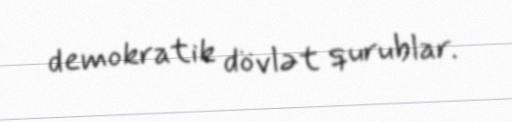
demokratik dövlət qurublar.